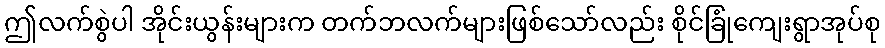
ဤလက်စွဲပါ အိုင်းယွန်းများက တက်ဘလက်များဖြစ်သော်လည်း စိုင်ခြုံကျေးရွာအုပ်စု